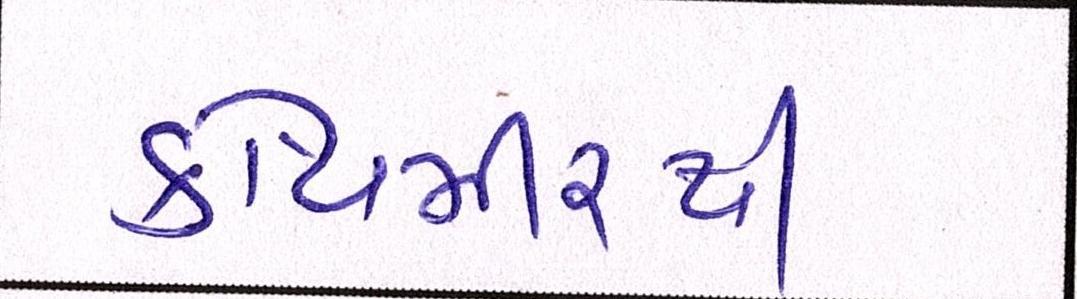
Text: કોથમીરથી